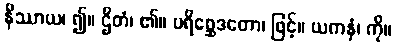
နိဿာယ၊ ၍။ ဌိတံ၊ ၏။ ပရိစ္ဆေဒတော၊ ဖြင့်။ ယကနံ၊ ကို။